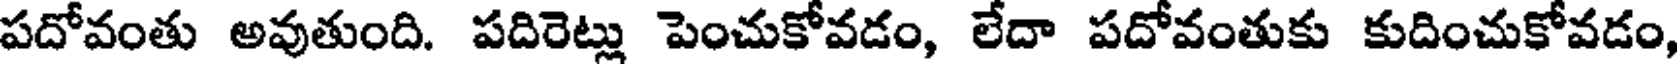
పదోవంతు అవుతుంది. పదిరెట్లు పెంచుకోవడం, లేదా పదోవంతుకు కుదించుకోవడం,